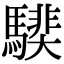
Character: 𩥰